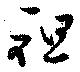
祖